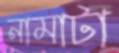
নামাটা